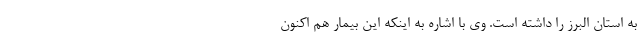
به استان البرز را داشته است. وی با اشاره به اینکه این بیمار هم اکنون